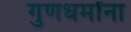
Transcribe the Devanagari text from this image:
गुणधर्मांना